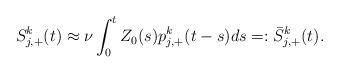
LaTeX: \begin{align*} S_{j,+}^k(t) \approx \nu \int_0^t Z_0(s) p_{j,+}^k(t-s)ds =: \bar{S}_{j,+}^k(t).\end{align*}